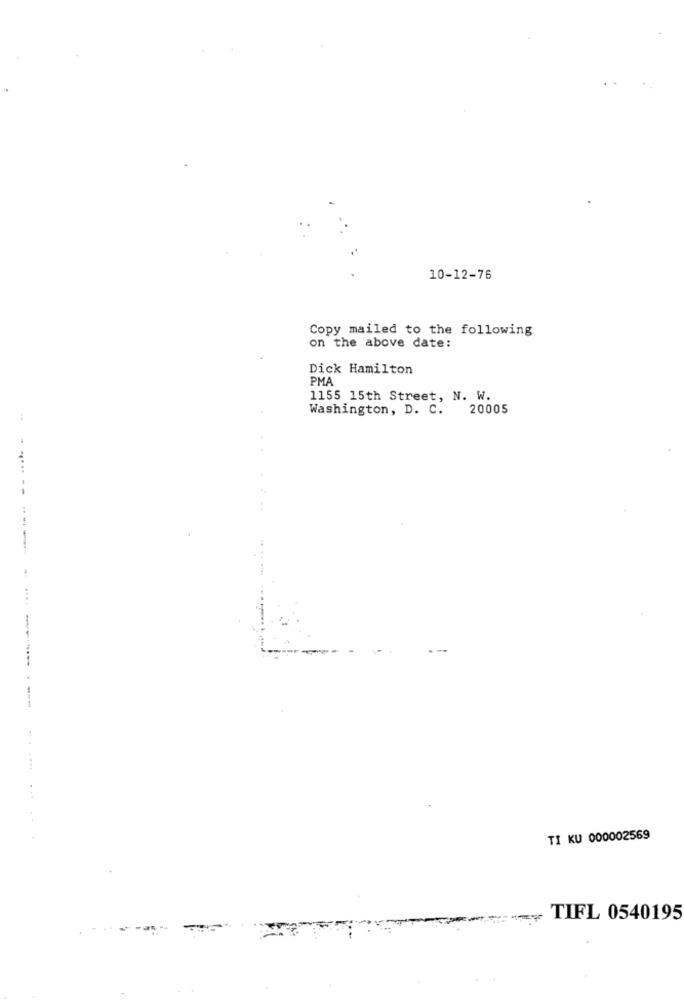
10-12-76
Copy mailed to the following
on the above date:
Dick Hamilton
PMA
1155 15th Street, N. W.
Washington, D. C.
20005
--
...
..
. ...
TI KU 000002569
TIFL 0540195